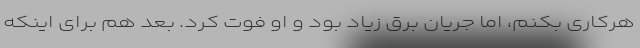
هرکاری بکنم، اما جریان برق زیاد بود و او فوت کرد. بعد هم برای اینکه